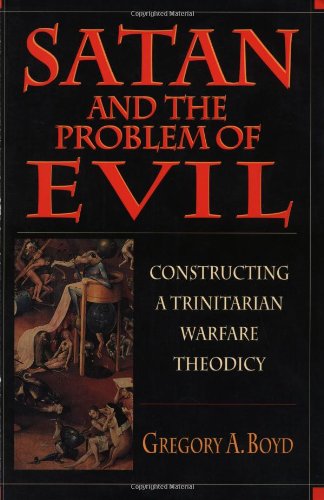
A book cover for Satan and the Problem of Evil: Constructing a Trinitarian Warfare Theodicy; Gregory A. Boyd; Christian Books & Bibles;